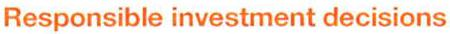
Responsible investment decisions